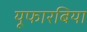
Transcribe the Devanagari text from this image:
यूफारबिया